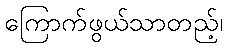
ကြောက်ဖွယ်သာတည့်၊